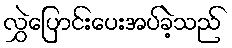
လွှဲပြောင်းပေးအပ်ခဲ့သည်